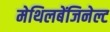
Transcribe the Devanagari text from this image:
मेथिलबेंजिनेल्ट